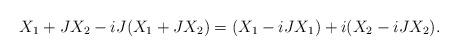
LaTeX: \begin{align*} X_1+JX_2-iJ(X_1+JX_2)=(X_1-iJX_1)+i(X_2-iJX_2). \end{align*}